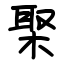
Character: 棸